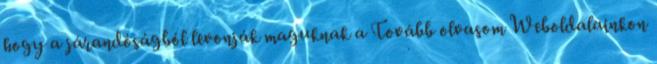
hogy a járandóságból levonják maguknak a Tovább olvasom Weboldalainkon